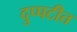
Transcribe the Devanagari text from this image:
दुप्पटीत